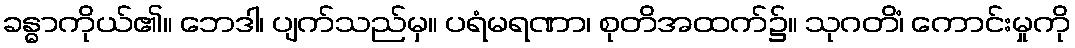
ခန္ဓာကိုယ်၏။ ဘေဒါ၊ ပျက်သည်မှ။ ပရံမရဏာ၊ စုတိအထက်၌။ သုဂတိံ၊ ကောင်းမှုကို